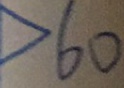
> 6 0